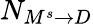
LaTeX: N_{M^{s}\rightarrow D}